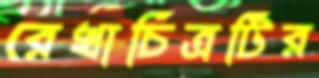
রেখাচিত্রটির